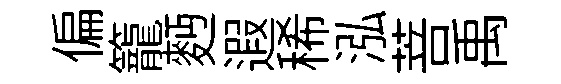
偏籠麪遐稀泓菩禹